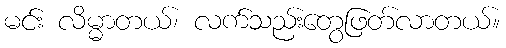
မင်း လိမ္မာတယ်၊ လက်သည်းတွေဖြတ်လာတယ်။